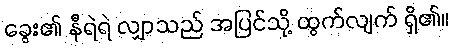
ခွေး၏ နီရဲရဲ လျှာသည် အပြင်သို့ ထွက်လျက် ရှိ၏။